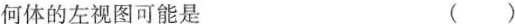
何体的左视图可能是 ( )